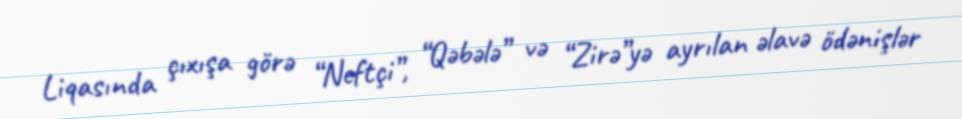
Liqasında çıxışa görə “Neftçi”, “Qəbələ” və “Zirə”yə ayrılan əlavə ödənişlər